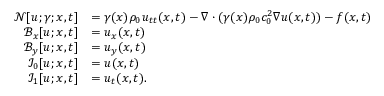
\begin{array} { r l } { \mathcal { N } [ u ; \gamma ; \boldsymbol { x } , t ] } & { = \gamma ( \boldsymbol { x } ) \rho _ { 0 } u _ { t t } ( \boldsymbol { x } , t ) - \nabla \cdot ( \gamma ( \boldsymbol { x } ) \rho _ { 0 } c _ { 0 } ^ { 2 } \nabla u ( \boldsymbol { x } , t ) ) - f ( \boldsymbol { x } , t ) } \\ { \mathcal { B } _ { x } [ u ; \boldsymbol { x } , t ] } & { = u _ { x } ( \boldsymbol { x } , t ) } \\ { \mathcal { B } _ { y } [ u ; \boldsymbol { x } , t ] } & { = u _ { y } ( \boldsymbol { x } , t ) } \\ { \mathcal { I } _ { 0 } [ u ; \boldsymbol { x } , t ] } & { = u ( \boldsymbol { x } , t ) } \\ { \mathcal { I } _ { 1 } [ u ; \boldsymbol { x } , t ] } & { = u _ { t } ( \boldsymbol { x } , t ) . } \end{array}